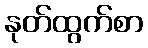
နုတ်ထွက်စာ